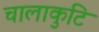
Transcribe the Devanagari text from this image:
चालाकुटि